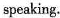
speaking.